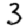
Digit: 3